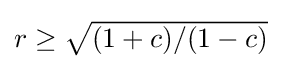
{\textstyle r\geq {\sqrt {(1+c)/(1-c)}}}